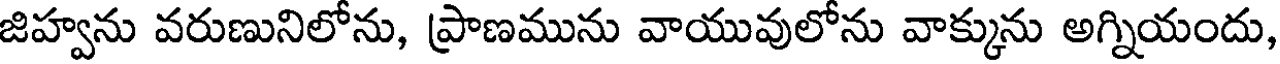
జిహ్వను వరుణునిలోను, ప్రాణమును వాయువులోను వాక్కును అగ్నియందు,